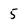
Character: 5